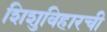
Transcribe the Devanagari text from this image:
शिशुविहारची